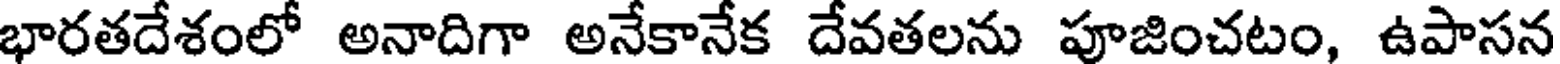
భారతదేశంలో అనాదిగా అనేకానేక దేవతలను పూజించటం, ఉపాసన